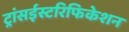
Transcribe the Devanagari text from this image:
ट्रांसईस्टरिफिकेशन